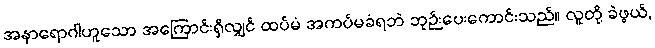
အနာရောဂါဟူသော အကြောင်းရှိလျှင် ထပ်မံ အကပ်မခံရဘဲ ဘုဉ်းပေးကောင်းသည်။ လူတို့ ခဲဖွယ်,